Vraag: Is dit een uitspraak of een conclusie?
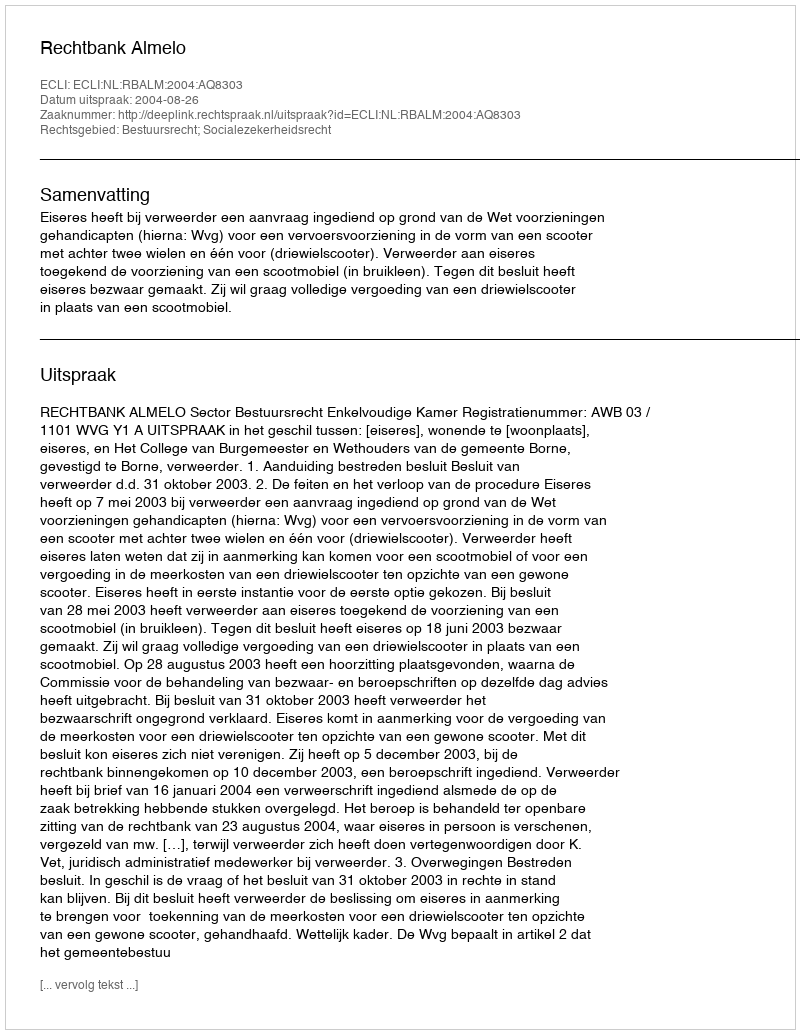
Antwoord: Uitspraak